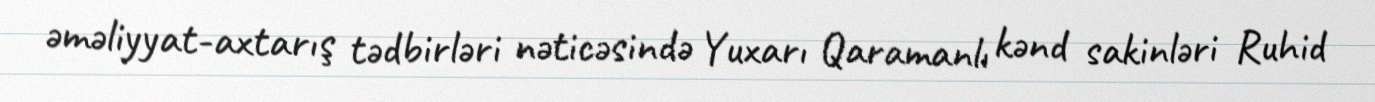
əməliyyat-axtarış tədbirləri nəticəsində Yuxarı Qaramanlı kənd sakinləri Ruhid